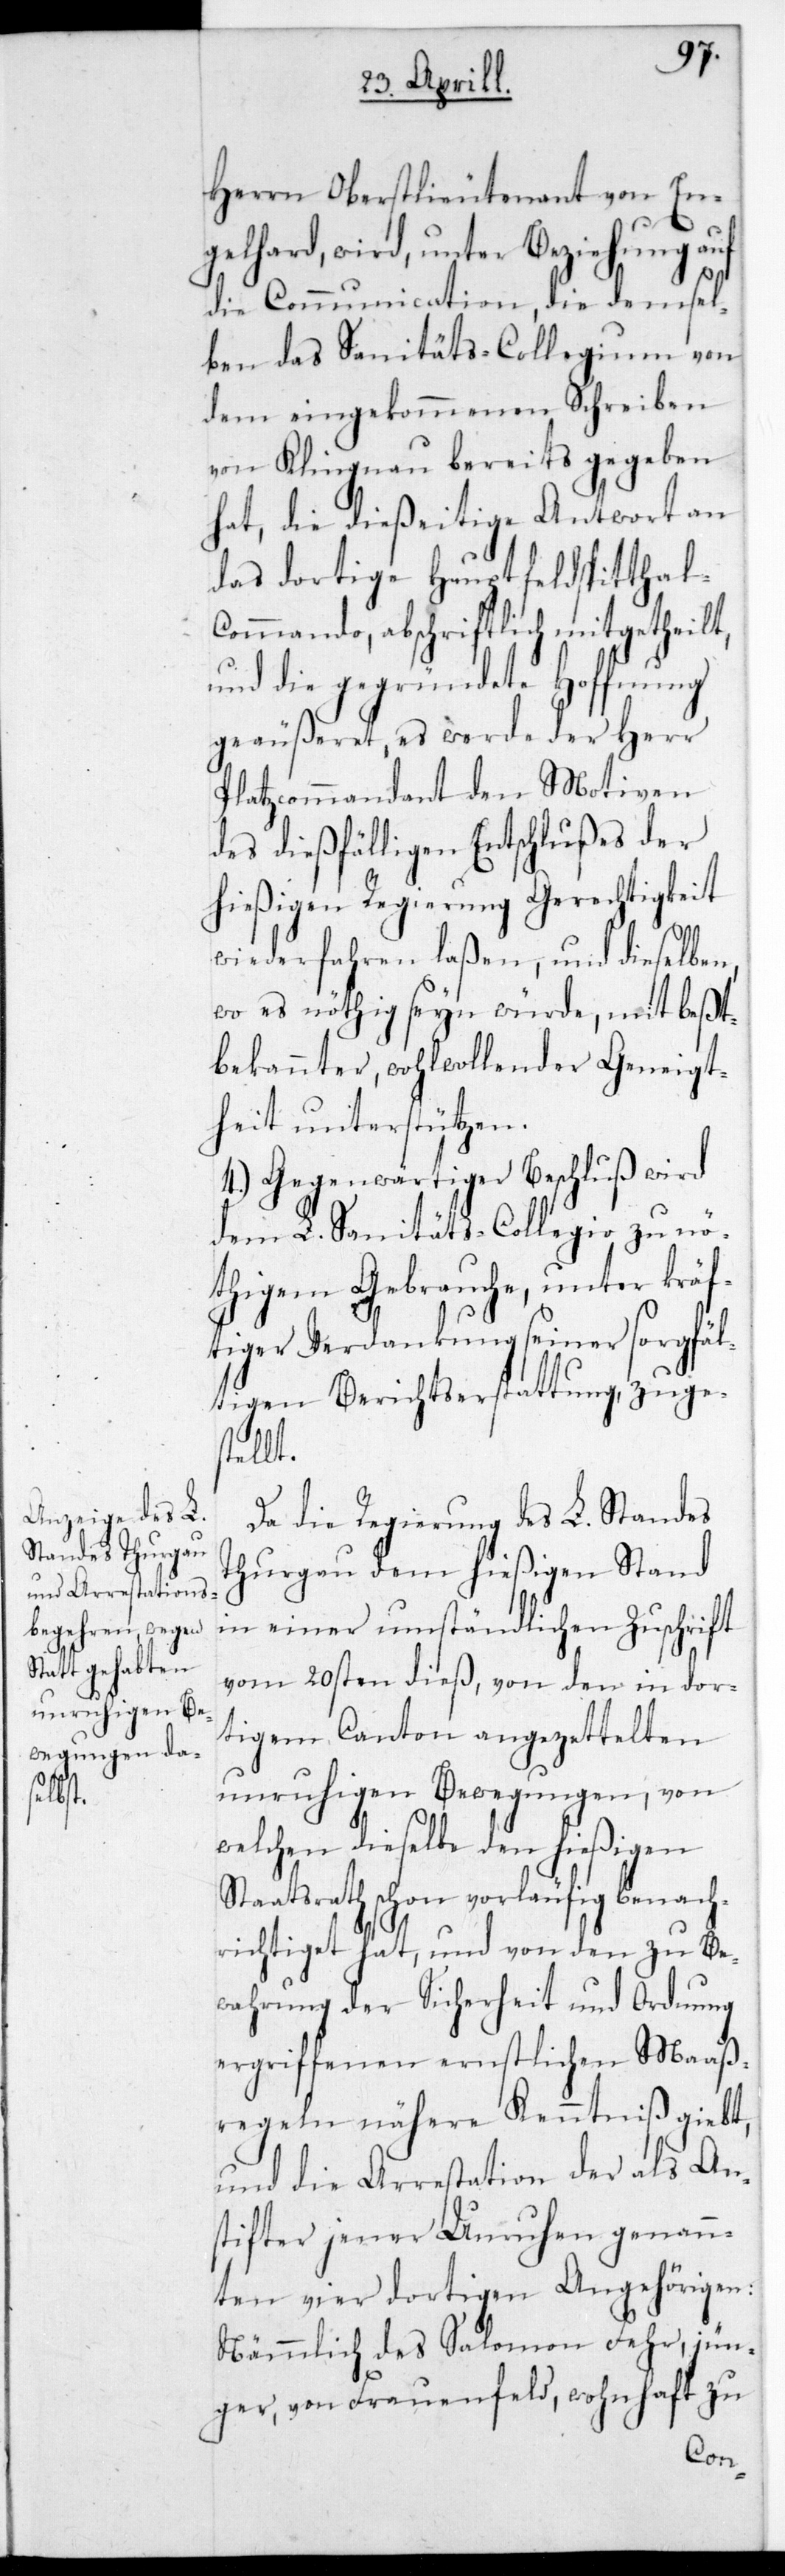
Herrn Oberstlieutenant von En¬
gelhardt, wird unter Beziehung auf
die Communication, die demsel¬
ben das Sanitäts-Collegium von
dem eingekommenen Schreiben
von Klingnau bereits gegeben
hat, die dießeitige Antwort an
das dortige Hauptfeldspitthal-C¬
ommando abschriftlich mitgetheilt,
und die gegründete Hoffnung
geäußeret, es werde der Herr
Platzcommandant den Motiven
des dießfälligen Entschlußes der
hießigen Regierung Gerechtigkeit
widerfahren laßen, und dieselben,
wo es nöthig sein würde, mit best¬
bekannter wohlwollender Geneigt¬
heit unterstützen.
4.) Gegenwärtiger Beschluß wird
dem L. Sanitäts-Collegio zu nö¬
thigem Gebrauche, unter kräf¬
tiger Verdankung seiner sorgfäl¬
tigen Berichtserstattung, zuge¬
stellt.
Da die Regierung des L. Standes
Thurgau dem hießigen Stand
in einer umständlichen Zuschrift
vom 20sten dieß, von den in dor¬
tigem Canton angezettelten
unruhigen Bewegungen, von
welchen dieselbe den hießigen
Staatsrath schon vorläufig benach¬
richtiget hat, und von den zu Be¬
wahrung der Sicherheit und Ordnung
ergriffenen ernstlichen Maaß¬
regeln nähere Kenntniß gibt,
und die Arrestation der als An¬
stifter jener Unruhen genann¬
ten vier dortigen Angehörigen:
Nämmlich des Salomon Fehr, jün¬
ger, von Frauenfeld, wohnhaft zu